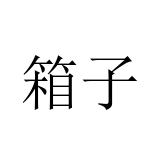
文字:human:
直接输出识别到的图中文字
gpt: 箱子